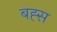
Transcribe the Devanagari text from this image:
बह्स